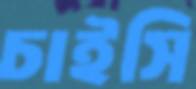
চাইসি